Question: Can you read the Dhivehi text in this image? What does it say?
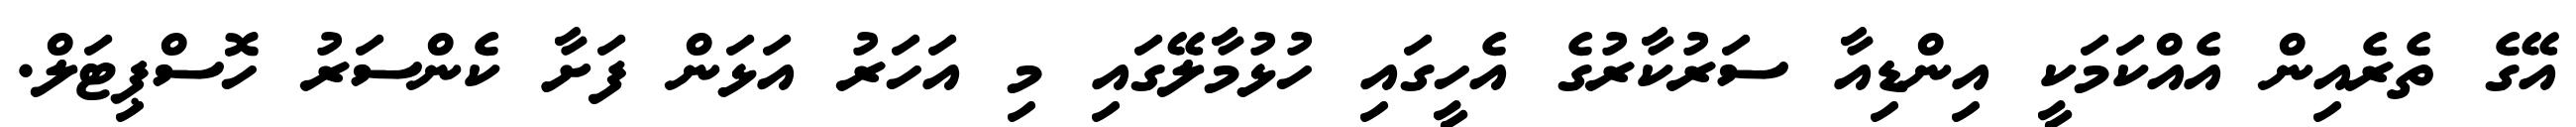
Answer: އޭގެ ތެރެއިން އެއްކަމަކީ އިންޑިއާ ސަރުކާރުގެ އެހީގައި ހުޅުމާލޭގައި މި އަހަރު އަޅަން ފަށާ ކެންސަރު ހޮސްޕިޓަލް.